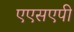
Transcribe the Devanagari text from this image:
एएसएपी